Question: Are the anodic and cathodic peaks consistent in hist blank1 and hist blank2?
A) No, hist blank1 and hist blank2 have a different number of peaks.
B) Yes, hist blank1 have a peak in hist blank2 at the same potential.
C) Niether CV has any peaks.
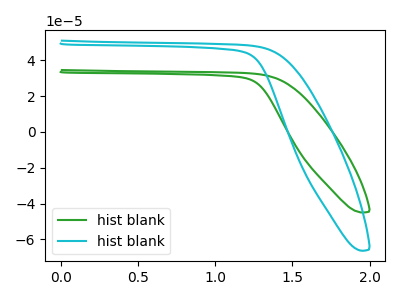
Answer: <think>The green curve "hist blank1" has no peaks. The cyan curve "hist blank2" has no peaks.</think>
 <answer>C) Niether CV has any peaks.</answer>
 <eval>C</eval>